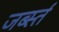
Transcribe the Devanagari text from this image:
जर्ब्स्त